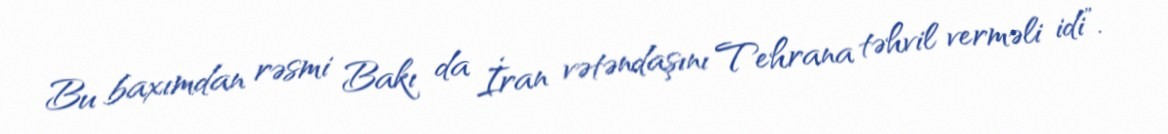
Bu baxımdan rəsmi Bakı da İran vətəndaşını Tehrana təhvil verməli idi”.